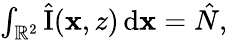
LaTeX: \begin{array}{r}{\int_{\mathbb{R}^{2}}\hat{\mathrm{I}}(\mathbf{x},z)\, \mathrm{d}\mathbf{x}=\hat{N},}\end{array}